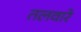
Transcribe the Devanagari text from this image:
तलवारे